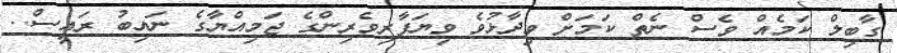
ގާބިލް ކަމެއް ވެސް ނެތް ކަމަށް ވިދާޅުވެ ވިޔަފާރިވެރިންގެ ޖަމިއްޔާގެ ނައިބު ރައީސް..